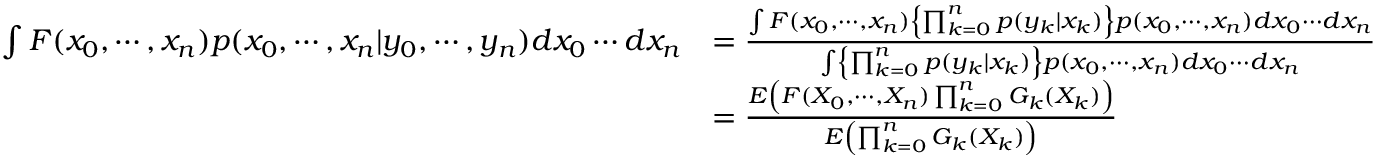
{ \begin{array} { r l } { \int F ( x _ { 0 } , \cdots , x _ { n } ) p ( x _ { 0 } , \cdots , x _ { n } | y _ { 0 } , \cdots , y _ { n } ) d x _ { 0 } \cdots d x _ { n } } & { = { \frac { \int F ( x _ { 0 } , \cdots , x _ { n } ) \left\{ \prod _ { k = 0 } ^ { n } p ( y _ { k } | x _ { k } ) \right\} p ( x _ { 0 } , \cdots , x _ { n } ) d x _ { 0 } \cdots d x _ { n } } { \int \left\{ \prod _ { k = 0 } ^ { n } p ( y _ { k } | x _ { k } ) \right\} p ( x _ { 0 } , \cdots , x _ { n } ) d x _ { 0 } \cdots d x _ { n } } } } \\ & { = { \frac { E \left( F ( X _ { 0 } , \cdots , X _ { n } ) \prod _ { k = 0 } ^ { n } G _ { k } ( X _ { k } ) \right) } { E \left( \prod _ { k = 0 } ^ { n } G _ { k } ( X _ { k } ) \right) } } } \end{array} }